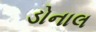
ડોનાલ